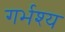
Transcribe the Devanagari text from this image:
गर्भश्य